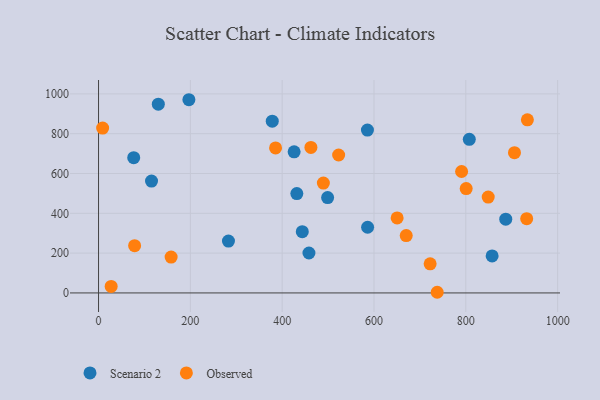
{"axis": {"x": "Study Hours", "y": "Exam Score"}, "legend": ["Observed", "Scenario 2"], "data": [{"x": "426.0", "y": 709.1, "type": "Scenario 2"}, {"x": "115.4", "y": 562.0, "type": "Scenario 2"}, {"x": "586.1", "y": 330.0, "type": "Scenario 2"}, {"x": "130.2", "y": 948.2, "type": "Scenario 2"}, {"x": "887.0", "y": 370.3, "type": "Scenario 2"}, {"x": "585.7", "y": 817.9, "type": "Scenario 2"}, {"x": "458.3", "y": 200.5, "type": "Scenario 2"}, {"x": "857.3", "y": 185.8, "type": "Scenario 2"}, {"x": "499.0", "y": 478.8, "type": "Scenario 2"}, {"x": "378.4", "y": 862.6, "type": "Scenario 2"}, {"x": "196.8", "y": 970.6, "type": "Scenario 2"}, {"x": "76.6", "y": 679.7, "type": "Scenario 2"}, {"x": "283.0", "y": 260.6, "type": "Scenario 2"}, {"x": "807.6", "y": 771.5, "type": "Scenario 2"}, {"x": "443.8", "y": 307.6, "type": "Scenario 2"}, {"x": "431.9", "y": 499.3, "type": "Scenario 2"}, {"x": "800.8", "y": 524.0, "type": "Observed"}, {"x": "934.1", "y": 869.4, "type": "Observed"}, {"x": "158.1", "y": 180.3, "type": "Observed"}, {"x": "906.0", "y": 704.8, "type": "Observed"}, {"x": "790.8", "y": 610.0, "type": "Observed"}, {"x": "78.6", "y": 237.3, "type": "Observed"}, {"x": "848.8", "y": 481.7, "type": "Observed"}, {"x": "650.4", "y": 376.8, "type": "Observed"}, {"x": "932.6", "y": 373.0, "type": "Observed"}, {"x": "722.3", "y": 146.2, "type": "Observed"}, {"x": "489.7", "y": 551.7, "type": "Observed"}, {"x": "385.6", "y": 728.3, "type": "Observed"}, {"x": "523.0", "y": 692.8, "type": "Observed"}, {"x": "8.9", "y": 828.0, "type": "Observed"}, {"x": "670.2", "y": 288.2, "type": "Observed"}, {"x": "737.7", "y": 3.3, "type": "Observed"}, {"x": "462.6", "y": 731.0, "type": "Observed"}, {"x": "27.5", "y": 32.7, "type": "Observed"}]}